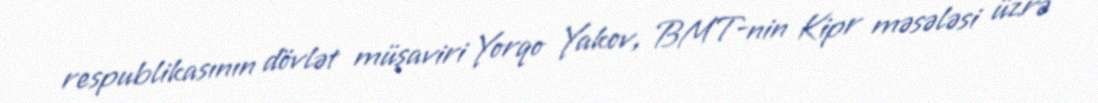
respublikasının dövlət müşaviri Yorqo Yakov, BMT-nin Kipr məsələsi üzrə